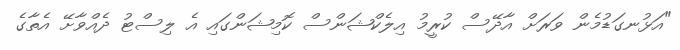
"އަޅުނގަޑުމެން ވަރަށް އާދޭސް ކުރީމު އިލެކްޝަންސް ކޮމިޝަންގައި އެ ލިސްޓު ދެއްވާށޭ އެތާގެ